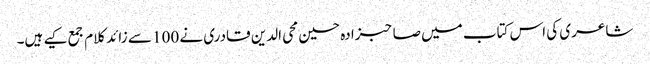
شاعری کی اس کتاب میں صاحبزادہ حسین محی الدین قادری نے 100 سے زائد کلام جمع کیے ہیں۔